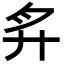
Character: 𢌳